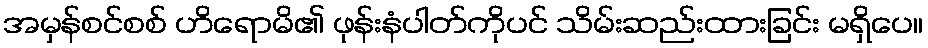
အမှန်စင်စစ် ဟိရောမိ၏ ဖုန်းနံပါတ်ကိုပင် သိမ်းဆည်းထားခြင်း မရှိပေ။